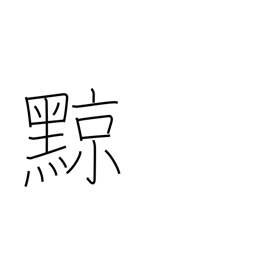
Meaning: tatooing